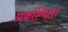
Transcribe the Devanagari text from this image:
प्रकल्पिता